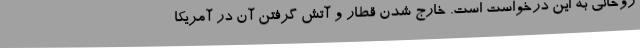
روحانی به این درخواست است. خارج شدن قطار و آتش گرفتن آن در آمریکا